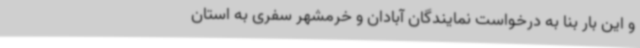
و این بار بنا به درخواست نمایندگان آبادان و خرمشهر سفری به استان